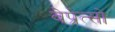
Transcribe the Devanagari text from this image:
वेप्रेत्सो